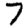
Digit: 7